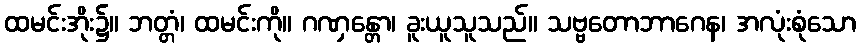
ထမင်းအိုး၌။ ဘတ္တံ၊ ထမင်းကို။ ဂဏှန္တော၊ ခူးယူသူသည်။ သဗ္ဗတောဘာဂေန၊ အလုံးစုံသော